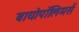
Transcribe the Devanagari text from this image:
बायोपॉलिमर्स